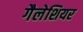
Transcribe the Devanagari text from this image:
गैलेशियर